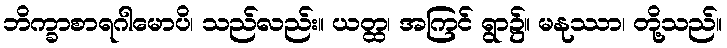
ဘိက္ခာစာရဂါမောပိ၊ သည်လည်း။ ယတ္ထ၊ အကြင် ရွာ၌။ မနုဿာ၊ တို့သည်။